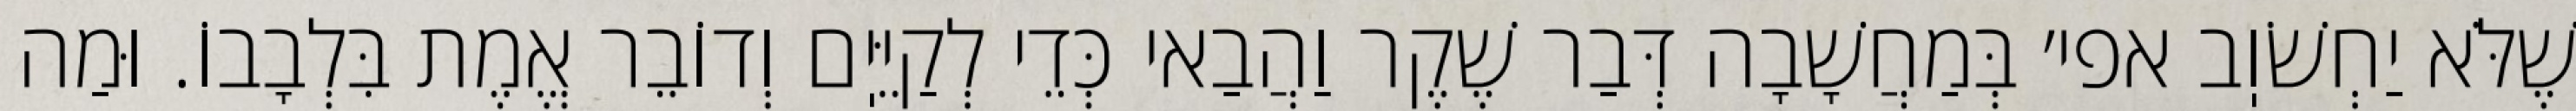
שֶׁלֹּא יַחְשֹׁוֽב אפי׳ בְּמַחֲשָׁבָה דְּבַר שֶׁקֶר וַהֲבַאי כְּדֵי לְקַיֵּיֽם וְדוֹבֵר אֱמֶת בִּלְבָבוֹ. וּמַה